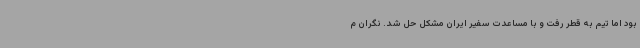
بود اما تیم به قطر رفت و با مساعدت سفیر ایران مشکل حل شد. نگران م